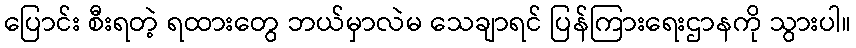
ပြောင်း စီးရတဲ့ ရထားတွေ ဘယ်မှာလဲမ သေချာရင် ပြန်ကြားရေးဌာနကို သွားပါ။